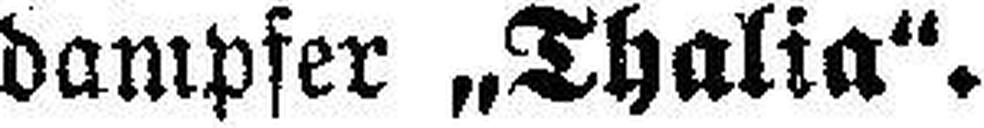
dampfer „Thalia".